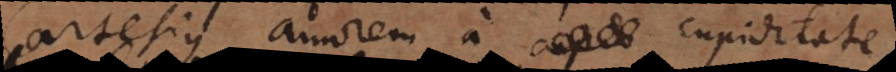
Cartesius amorem a cupiditate